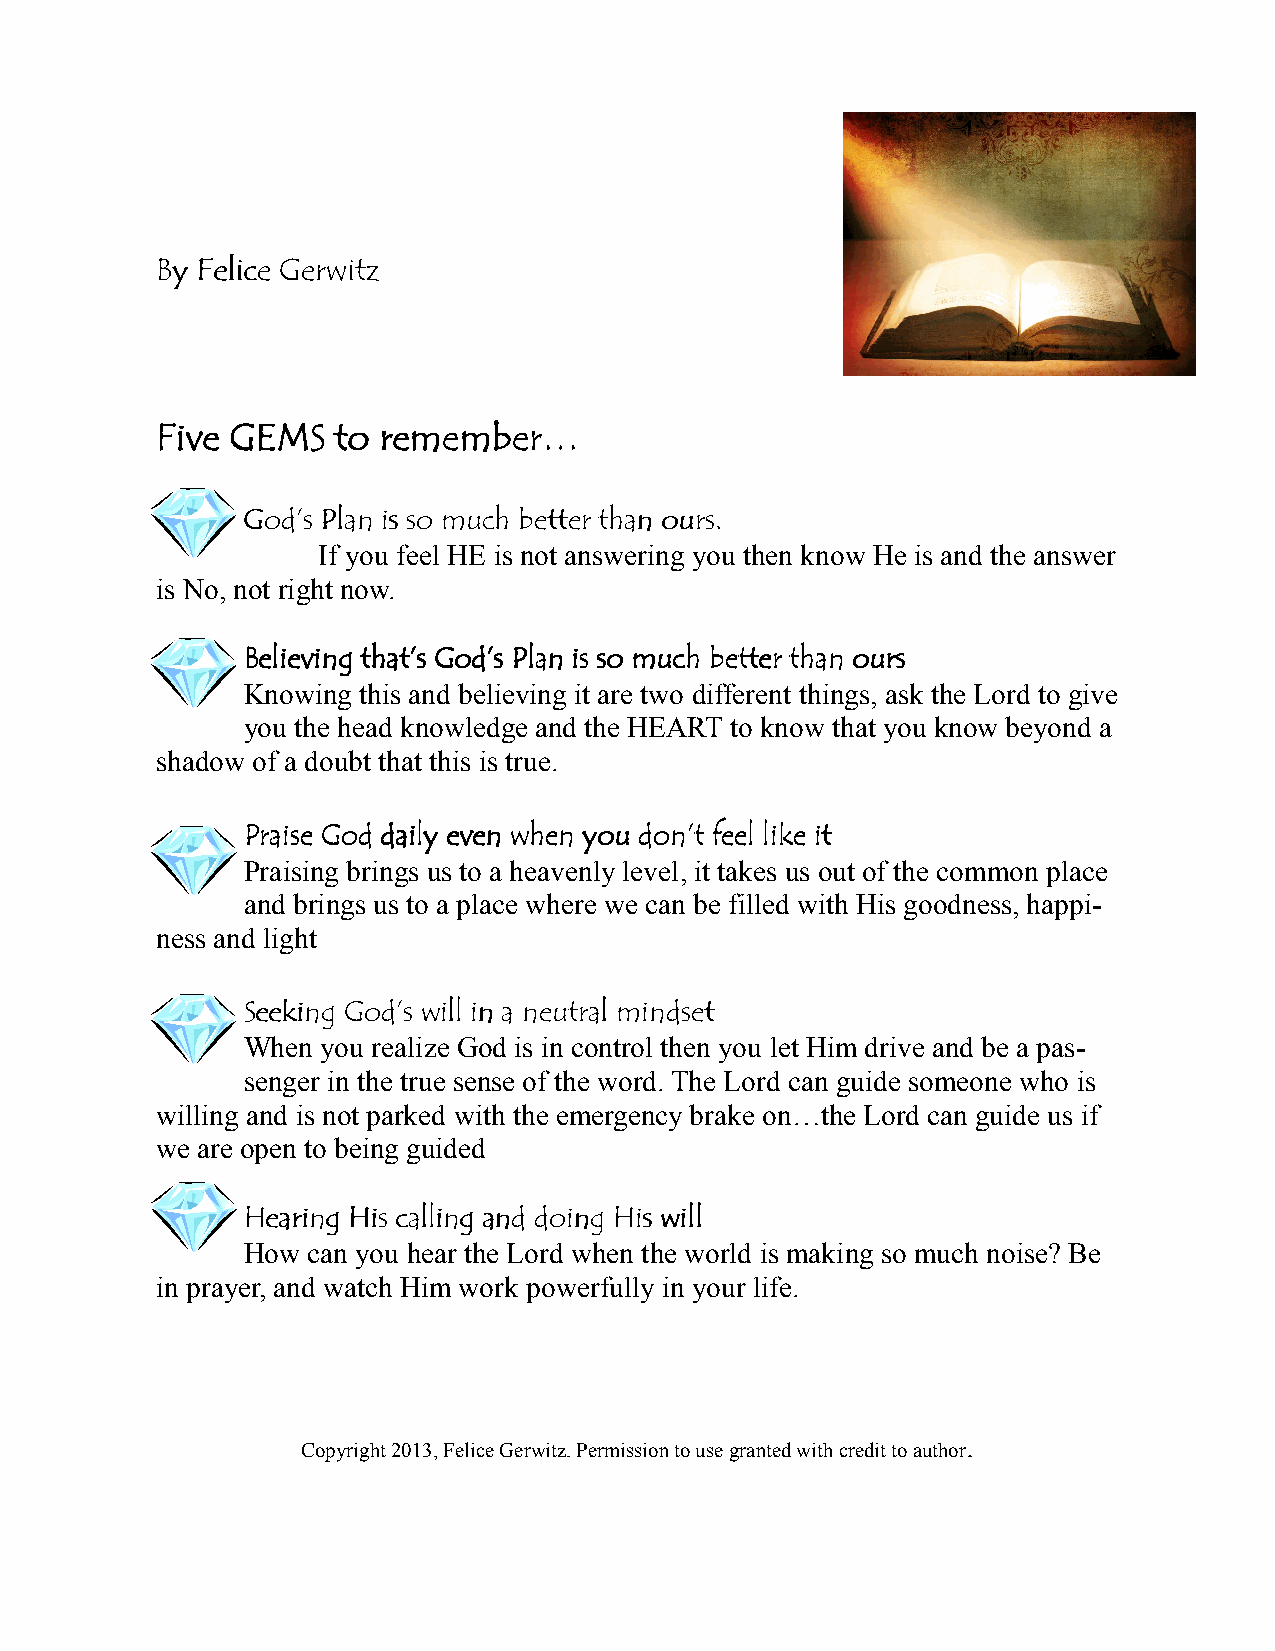
BBBByyyy FFFFeeeelllliiiicccceeee GGGGeeeerrrrwwwwiiiittttzzzz
 FFFFiiiivvvveeee GGGGEEEEMMMMSSSS ttttoooo rrrreeeemmmmeeeemmmmbbbbeeeerrrr…………
 GGGGoooodddd’’’’ssss PPPPllllaaaannnn iiiissss ssssoooo mmmmuuuucccchhhh bbbbeeeetttttttteeeerrrr tttthhhhaaaannnn oooouuuurrrrssss....
 If you feel HE is not answering you then know He is and the answer
 is No, not right now.
 BBBBeeeelllliiiieeeevvvviiiinnnngggg tttthhhhaaaatttt’’’’ssss GGGGoooodddd’’’’ssss PPPPllllaaaannnn iiiissss ssssoooo mmmmuuuucccchhhh bbbbeeeetttttttteeeerrrr tttthhhhaaaannnn oooouuuurrrrssss
 Knowing this and believing it are two different things, ask the Lord to give
 you the head knowledge and the HEART to know that you know beyond a
 shadow of a doubt that this is true.
 PPPPrrrraaaaiiiisssseeee GGGGoooodddd ddddaaaaiiiillllyyyy eeeevvvveeeennnn wwwwhhhheeeennnn yyyyoooouuuu ddddoooonnnn’’’’tttt ffffeeeeeeeellll lllliiiikkkkeeee iiiitttt
 Praising brings us to a heavenly level, it takes us out of the common place
 and brings us to a place where we can be filled with His goodness, happi-
 ness and light
 SSSSeeeeeeeekkkkiiiinnnngggg GGGGoooodddd’’’’ssss wwwwiiiillllllll iiiinnnn aaaa nnnneeeeuuuuttttrrrraaaallll mmmmiiiinnnnddddsssseeeetttt
 When you realize God is in control then you let Him drive and be a pas-
 senger in the true sense of the word. The Lord can guide someone who is
 willing and is not parked with the emergency brake on…the Lord can guide us if
 we are open to being guided
 HHHHeeeeaaaarrrriiiinnnngggg HHHHiiiissss ccccaaaalllllllliiiinnnngggg aaaannnndddd ddddooooiiiinnnngggg HHHHiiiissss wwwwiiiillllllll
 How can you hear the Lord when the world is making so much noise? Be
 in prayer, and watch Him work powerfully in your life.
 .
 Copyright 2013, Felice Gerwitz. Permission to use granted with credit to author